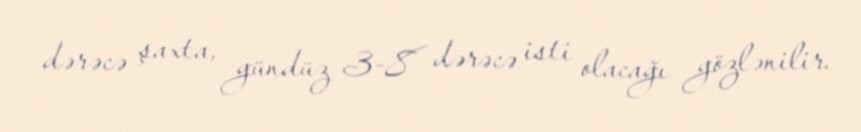
dərəcə şaxta, gündüz 3-8 dərəcə isti olacağı gözlənilir.